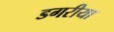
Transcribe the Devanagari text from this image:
डगरीया